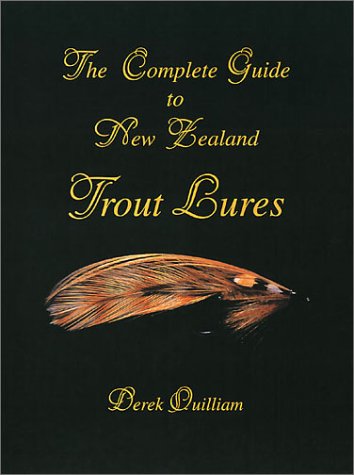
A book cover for Complete Guide to New Zealand Trout Lures, The; Derek Quilliam; Travel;